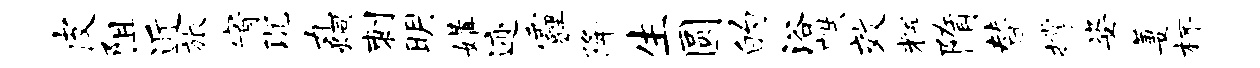
皮阻近旅宥沉丸炯刺明媾迹霾降生圆的浴帙效辉隋替撑姿萋杯